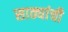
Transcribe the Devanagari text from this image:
साठ्यांची